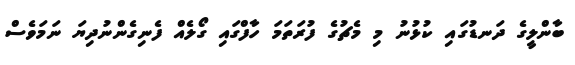
ބާންލީގެ ދަނޑުގައި ކުޅުނު މި މެޗުގެ ފުރަތަމަ ހާފްގައި ގޯލެއް ފެނިގެންނުދިޔަ ނަމަވެސް